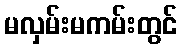
မလှမ်းမကမ်းတွင်